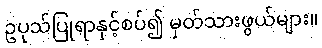
ဥပုသ်ပြုရာနှင့်စပ်၍ မှတ်သားဖွယ်များ။